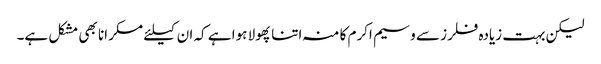
لیکن بہت زیادہ فلرز سے وسیم اکرم کا منہ اتنا پھولا ہوا ہے کہ ان کیلئے مسکرانا بھی مشکل ہے۔